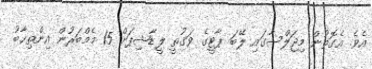
އެވެ. އެގޮތުން މިޖަލްސާގައި ލޭބަ ޕާޓީގެ ވަގުތީ ލީޑާޝިޕަށް 15 މެމްބަރުން އިންތިޚާބު